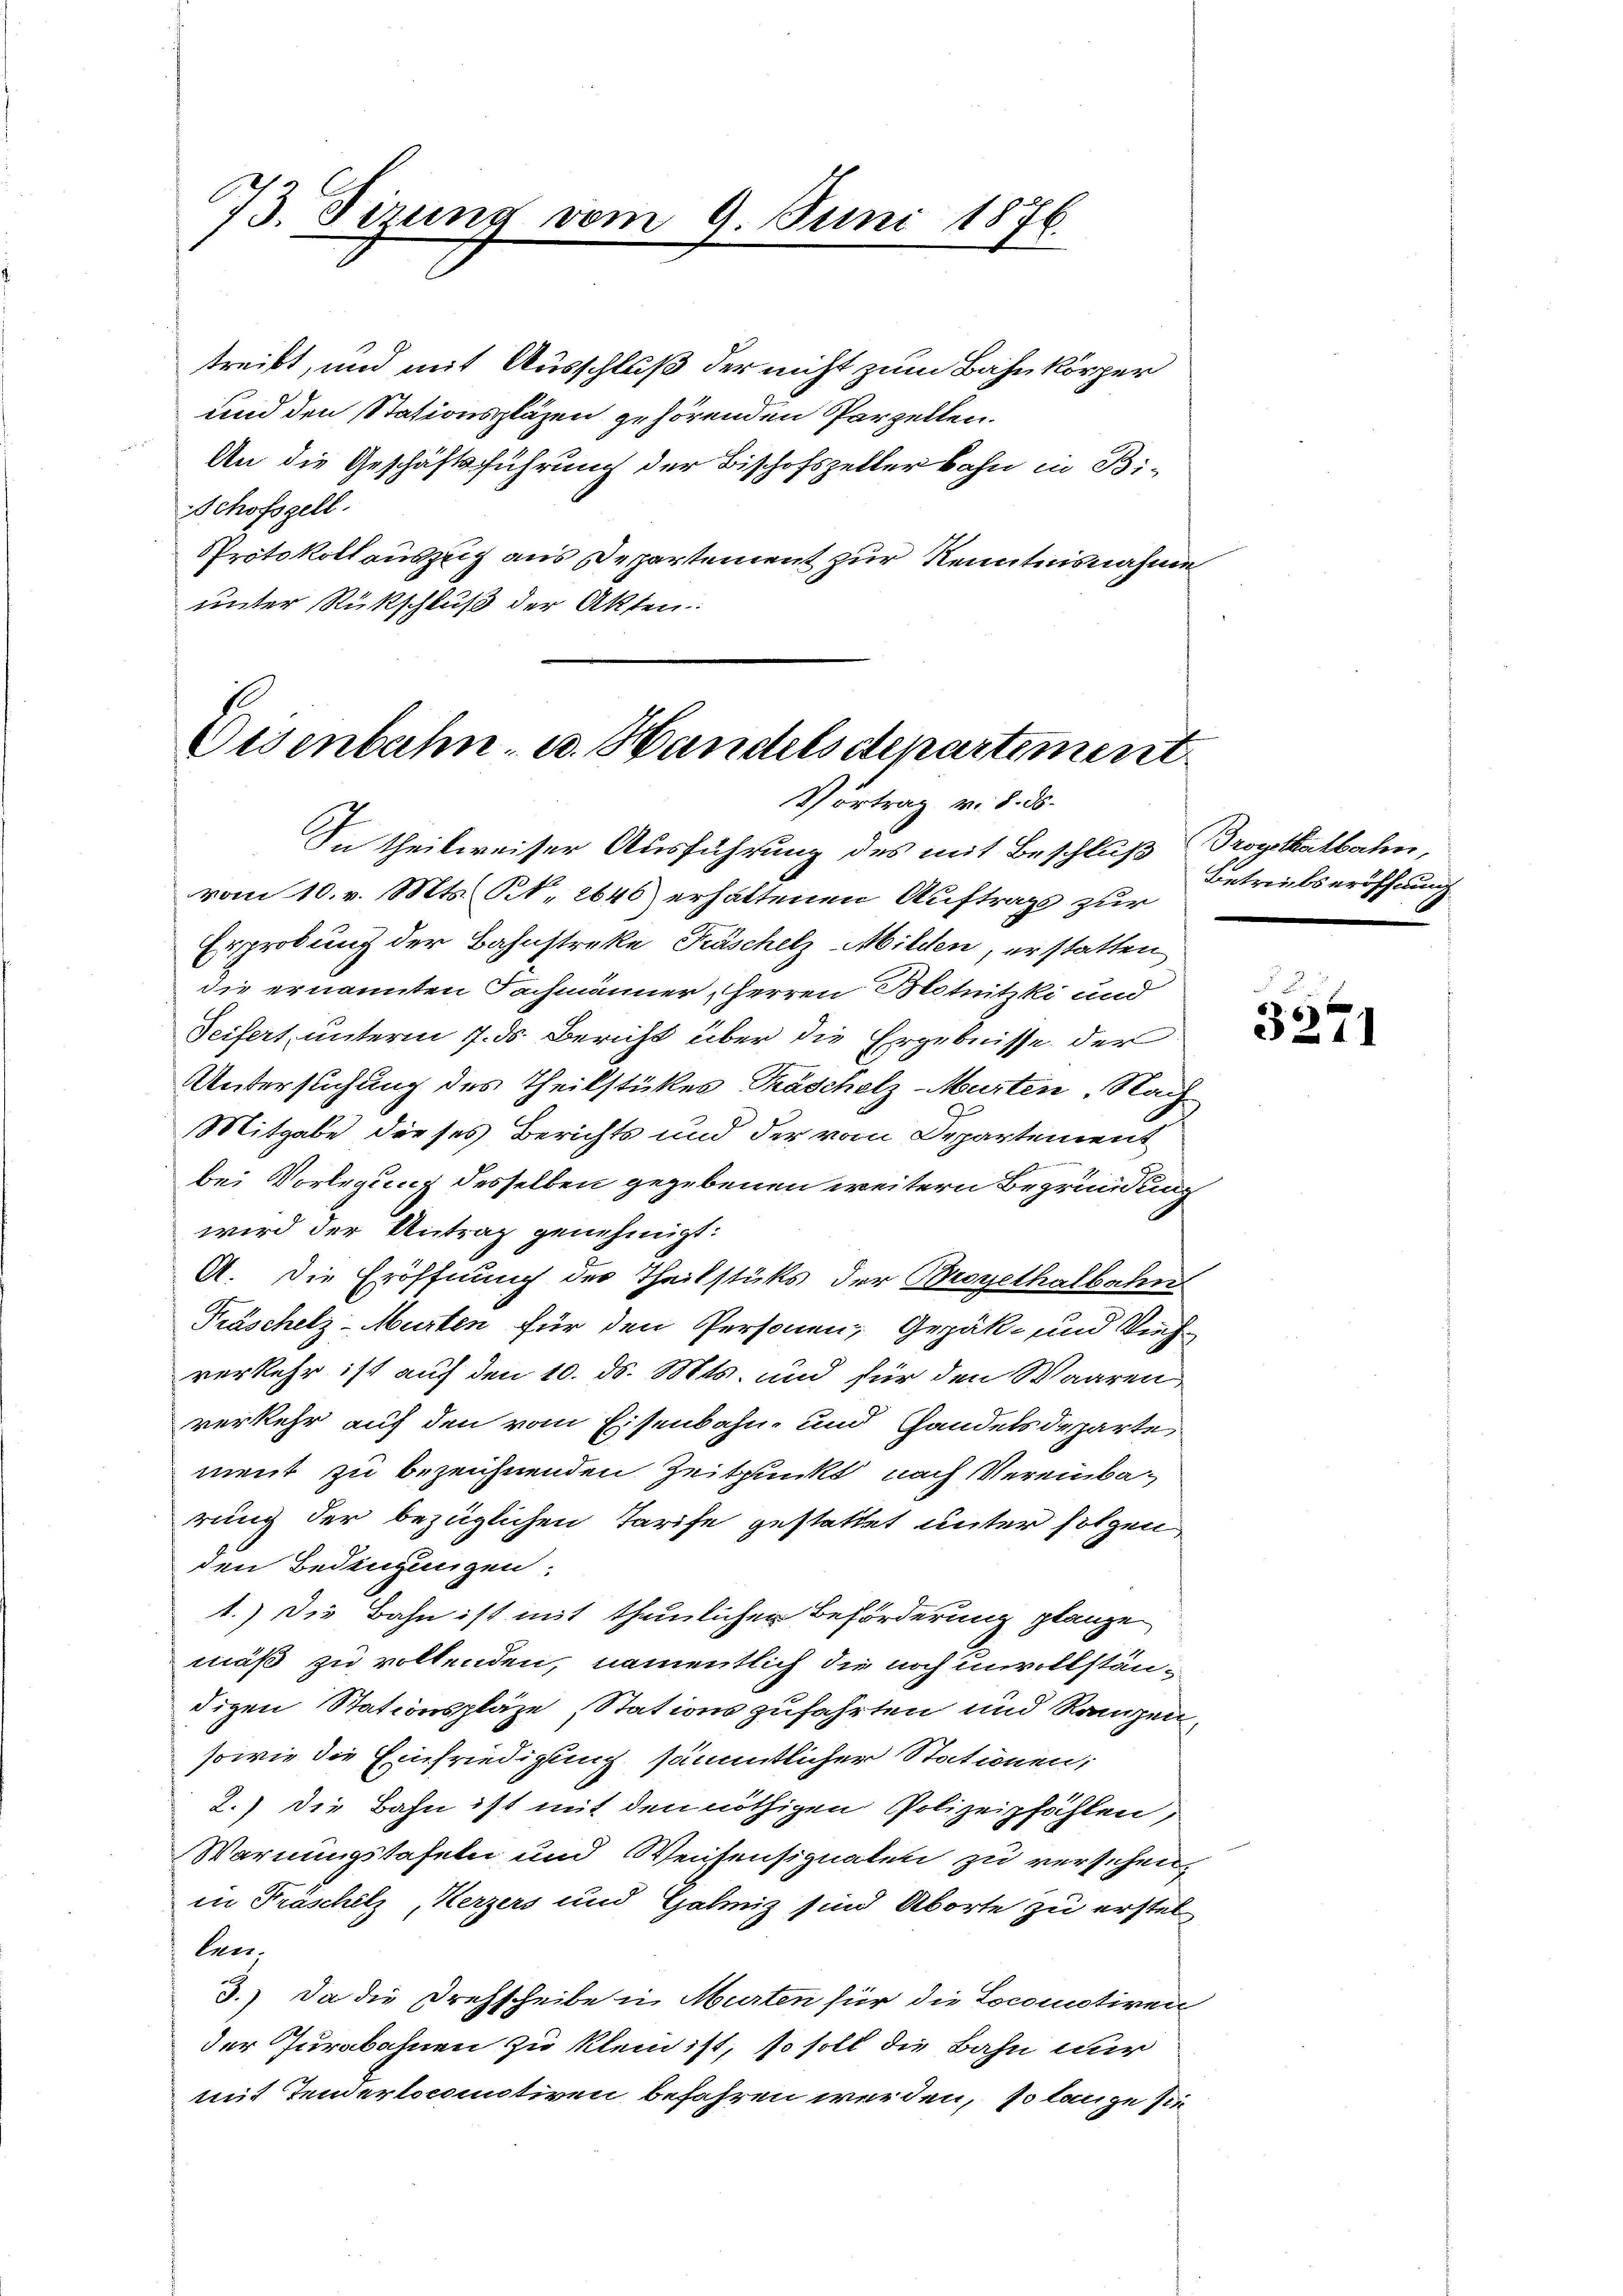
73. Sizung vom 9. Juni 1876

treibt, und mit Ausschluß der nicht zum Bahnkörper
und den Stationspläzen gehörenden Parzellen.
An die Geschäftsführung der Bischofszellerbahn in Bi-
Schofszell.
Protokollauszug aus Departement zur Kenntnisnahme
unter Rückschluß der Akten.

Osenbahn, u. Handelsdepartement
Vortrag v. 8. ds.

In theilweiser Ausführung des mit Beschluß Brogtkatbahn,
vom 10. v. Mts. N. 2640 erhaltenen Auftrags zur
Erprobung der Bahnstreke, Fräschelz- Milden, erstatten
die ernannten Sachmänner, Herren Motnitzki und
Seifert, unterm 7. ds. Bericht über die Ergebnisse der
Untersuchung des Theilstükes Präscholz-Murten. Nach
Mitgabe dieses Berichts und der vom Departement
bei Vorlegung desselben gegebenen weitern Begründung
wird der Antrag genehmigt:
A. Die Eröffnung der Theilstüks der Bergethalbahn
Präschelz-Murten für den Personen, Gepäk- und Vieh
verkehr ist auf den 10. ds. Mts. und für den Waaren
verkehr auf den vom Eisenbahn, und Handelsdeparte
ment zu bezeichnenden Zeitpunkt nach Vereinbarung der bezüglichen Tarife gestattet unter folgen,
den Bedingungen:
1.) Die Bahn ist mit thunlichen Beförderung glanze
mäß zu vollenden, namentlich die noch unvollständigen Stationspläze Stations zufahrten und Rangen
sowie die Einfriedigung sämmtlicher Stationen,
2.) Die Bahn ist mit den nöthigen Polizeipfählen,
Warnungstafeln und Weisensignaten zu versehen,
in Fräschelz, Herzers und Galiz sind Aborte zu erstel
len.
3.) Da die Drehscheibe in Murten für die Locomotiven
der Jurabahnen zu klein ist, so soll die Bahn nur
mit Tenderlocomotiven befahren werden, so lange sie

Betriebseröffnung

3271